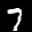
Label: 7